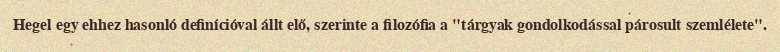
Hegel egy ehhez hasonló definícióval állt elő, szerinte a filozófia a "tárgyak gondolkodással párosult szemlélete".